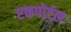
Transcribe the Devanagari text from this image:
एकपोर्टल